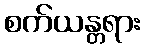
စက်ယန္တရား